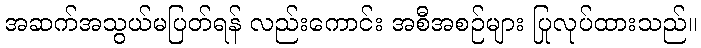
အဆက်အသွယ်မပြတ်ရန် လည်းကောင်း အစီအစဉ်များ ပြုလုပ်ထားသည်။